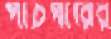
পাঁচপীরের